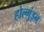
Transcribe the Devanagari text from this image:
होल्गुंइन